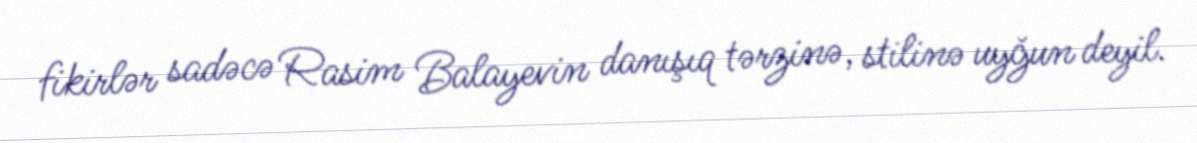
fikirlər sadəcə Rasim Balayevin danışıq tərzinə, stilinə uyğun deyil.